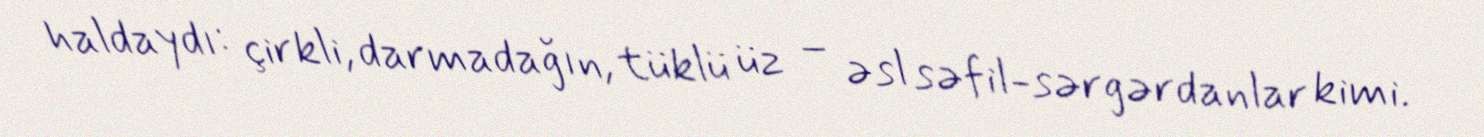
haldaydı: çirkli, darmadağın, tüklü üz – əsl səfil-sərgərdanlar kimi.